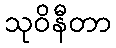
သုဝိနီတာ